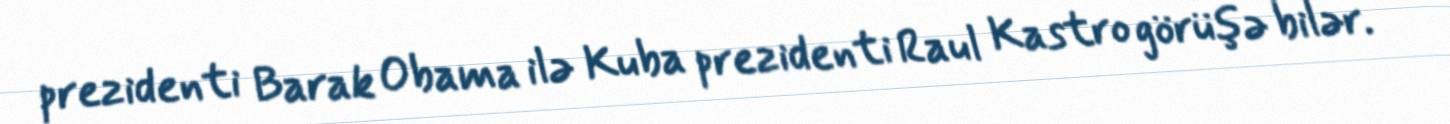
prezidenti Barak Obama ilə Kuba prezidenti Raul Kastro görüşə bilər.